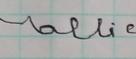
Signature authenticity: forged